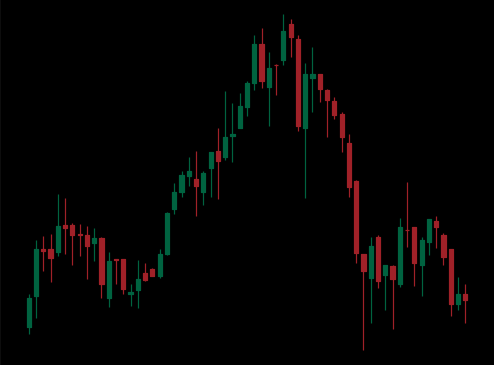
Pattern: head_shoulders